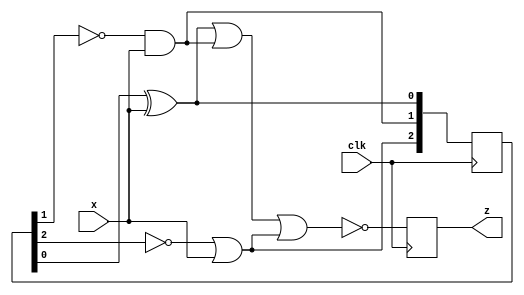
module top_module (
    input clk,
    input x,
    output z
); 
    reg [2:0] Q;
    initial z = 1;
    always @(posedge clk) begin
        Q[0] = Q[0] ^ x;
        Q[1] = ~Q[1] & x;
        Q[2] = ~Q[2] | x;
        z = ~(Q[0] | Q[1] | Q[2]); 
    end

endmodule